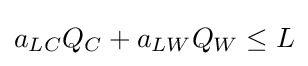
a_{LC}Q_{C}+a_{LW}Q_{W}\leq L